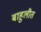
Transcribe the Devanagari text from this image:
बाहुलीत